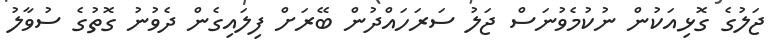
ޖަލުގެ ގޮޅިއަކުން ނުކުމެވުނަސް ޖަލު ސަރަހައްދުން ބޭރަށް ފިލައިގެން ދެވުނު ގޮތުގެ ސުވާލު